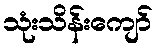
သုံးသိန်းကျော်